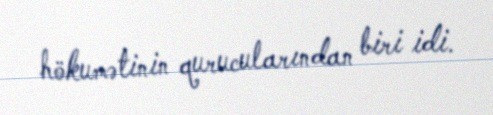
hökumətinin qurucularından biri idi.